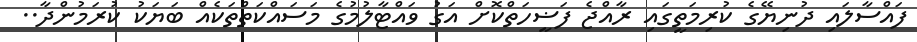
ފައްސާލައި ދުނިޔޭގެ ކުރިމަތީގައި ރާއްޖެ ފަޟީހަތްކޮށް އަގު ވައްޓާލުމުގެ މަސައްކަތްތަކެއް ބަޔަކު ކުރަމުންދާ..